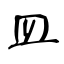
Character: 皿